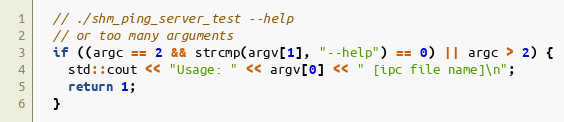
Language: C++
  // ./shm_ping_server_test --help
  // or too many arguments
  if ((argc == 2 && strcmp(argv[1], "--help") == 0) || argc > 2) {
    std::cout << "Usage: " << argv[0] << " [ipc file name]\n";
    return 1;
  }